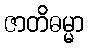
ဇာတိဓမ္မာ